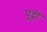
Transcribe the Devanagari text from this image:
घुट्टी